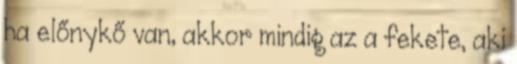
ha előnykő van, akkor mindig az a fekete, aki